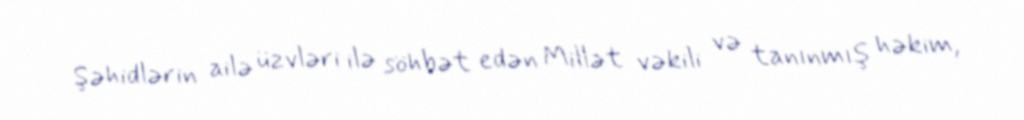
Şəhidlərin ailə üzvləri ilə söhbət edən Millət vəkili və tanınmış həkim,